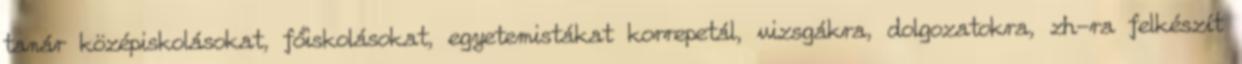
tanár középiskolásokat, főiskolásokat, egyetemistákat korrepetál, vizsgákra, dolgozatokra, zh-ra felkészít